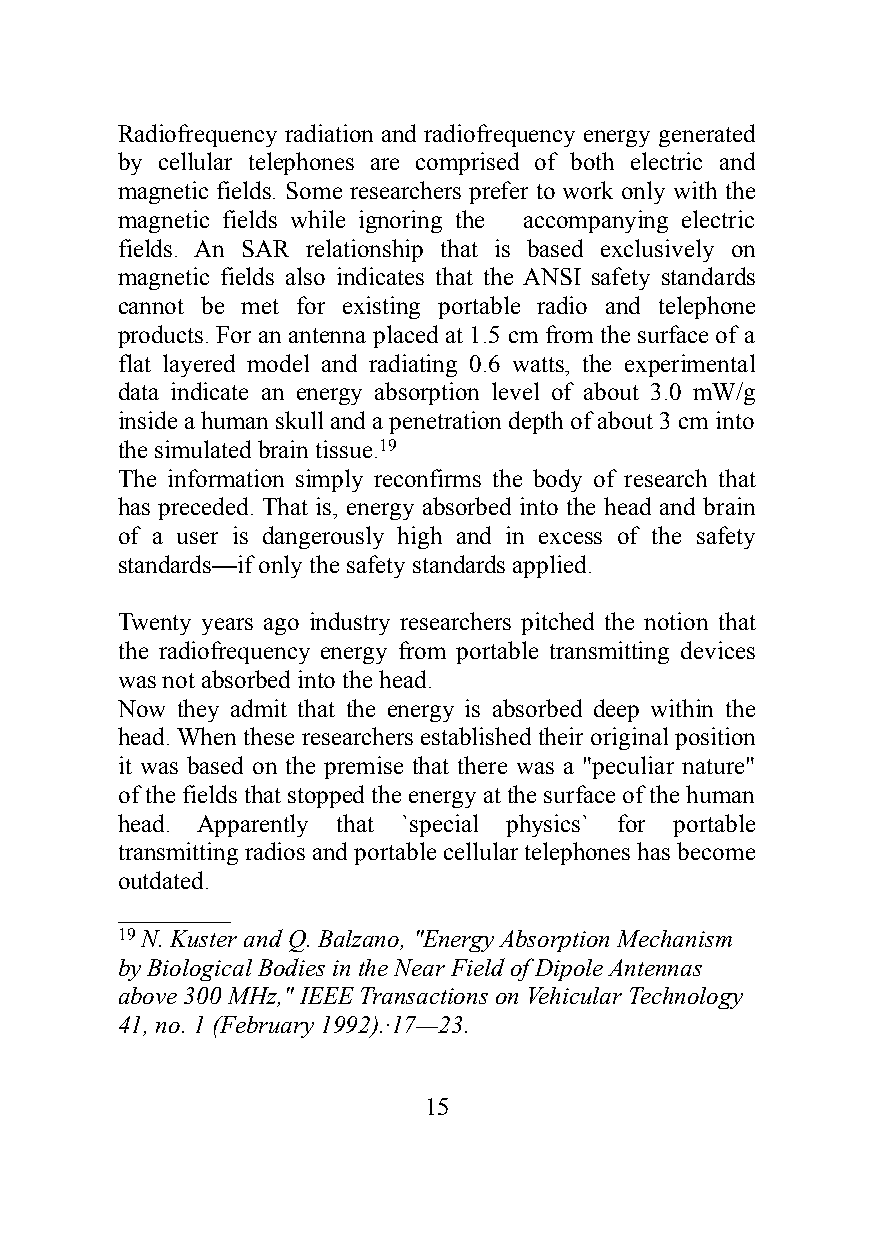
Radiofrequency radiation and radiofrequency energy generated
 by cellular telephones are comprised of both electric and
 magnetic fields. Some researchers prefer to work only with the
 magnetic fields while ignoring the accompanying electric
 fields. An SAR relationship that is based exclusively on
 magnetic fields also indicates that the ANSI safety standards
 cannot be met for existing portable radio and telephone
 products. For an antenna placed at 1.5 cm from the surface of a
 flat layered model and radiating 0.6 watts, the experimental
 data indicate an energy absorption level of about 3.0 mW/g
 inside a human skull and a penetration depth of about 3 cm into
 the simulated brain tissue.19
 The information simply reconfirms the body of research that
 has preceded. That is, energy absorbed into the head and brain
 of a user is dangerously high and in excess of the safety
 standards—if only the safety standards applied.
 Twenty years ago industry researchers pitched the notion that
 the radiofrequency energy from portable transmitting devices
 was not absorbed into the head.
 Now they admit that the energy is absorbed deep within the
 head. When these researchers established their original position
 it was based on the premise that there was a "peculiar nature"
 of the fields that stopped the energy at the surface of the human
 head. Apparently that `special physics` for portable
 transmitting radios and portable cellular telephones has become
 outdated.
 _________
 19 N. Kuster and Q. Balzano, "Energy Absorption Mechanism
 by Biological Bodies in the Near Field of Dipole Antennas
 above 300 MHz," IEEE Transactions on Vehicular Technology
 41, no. 1 (February 1992).·17—23.
 15